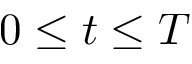
0 \leq t \leq T